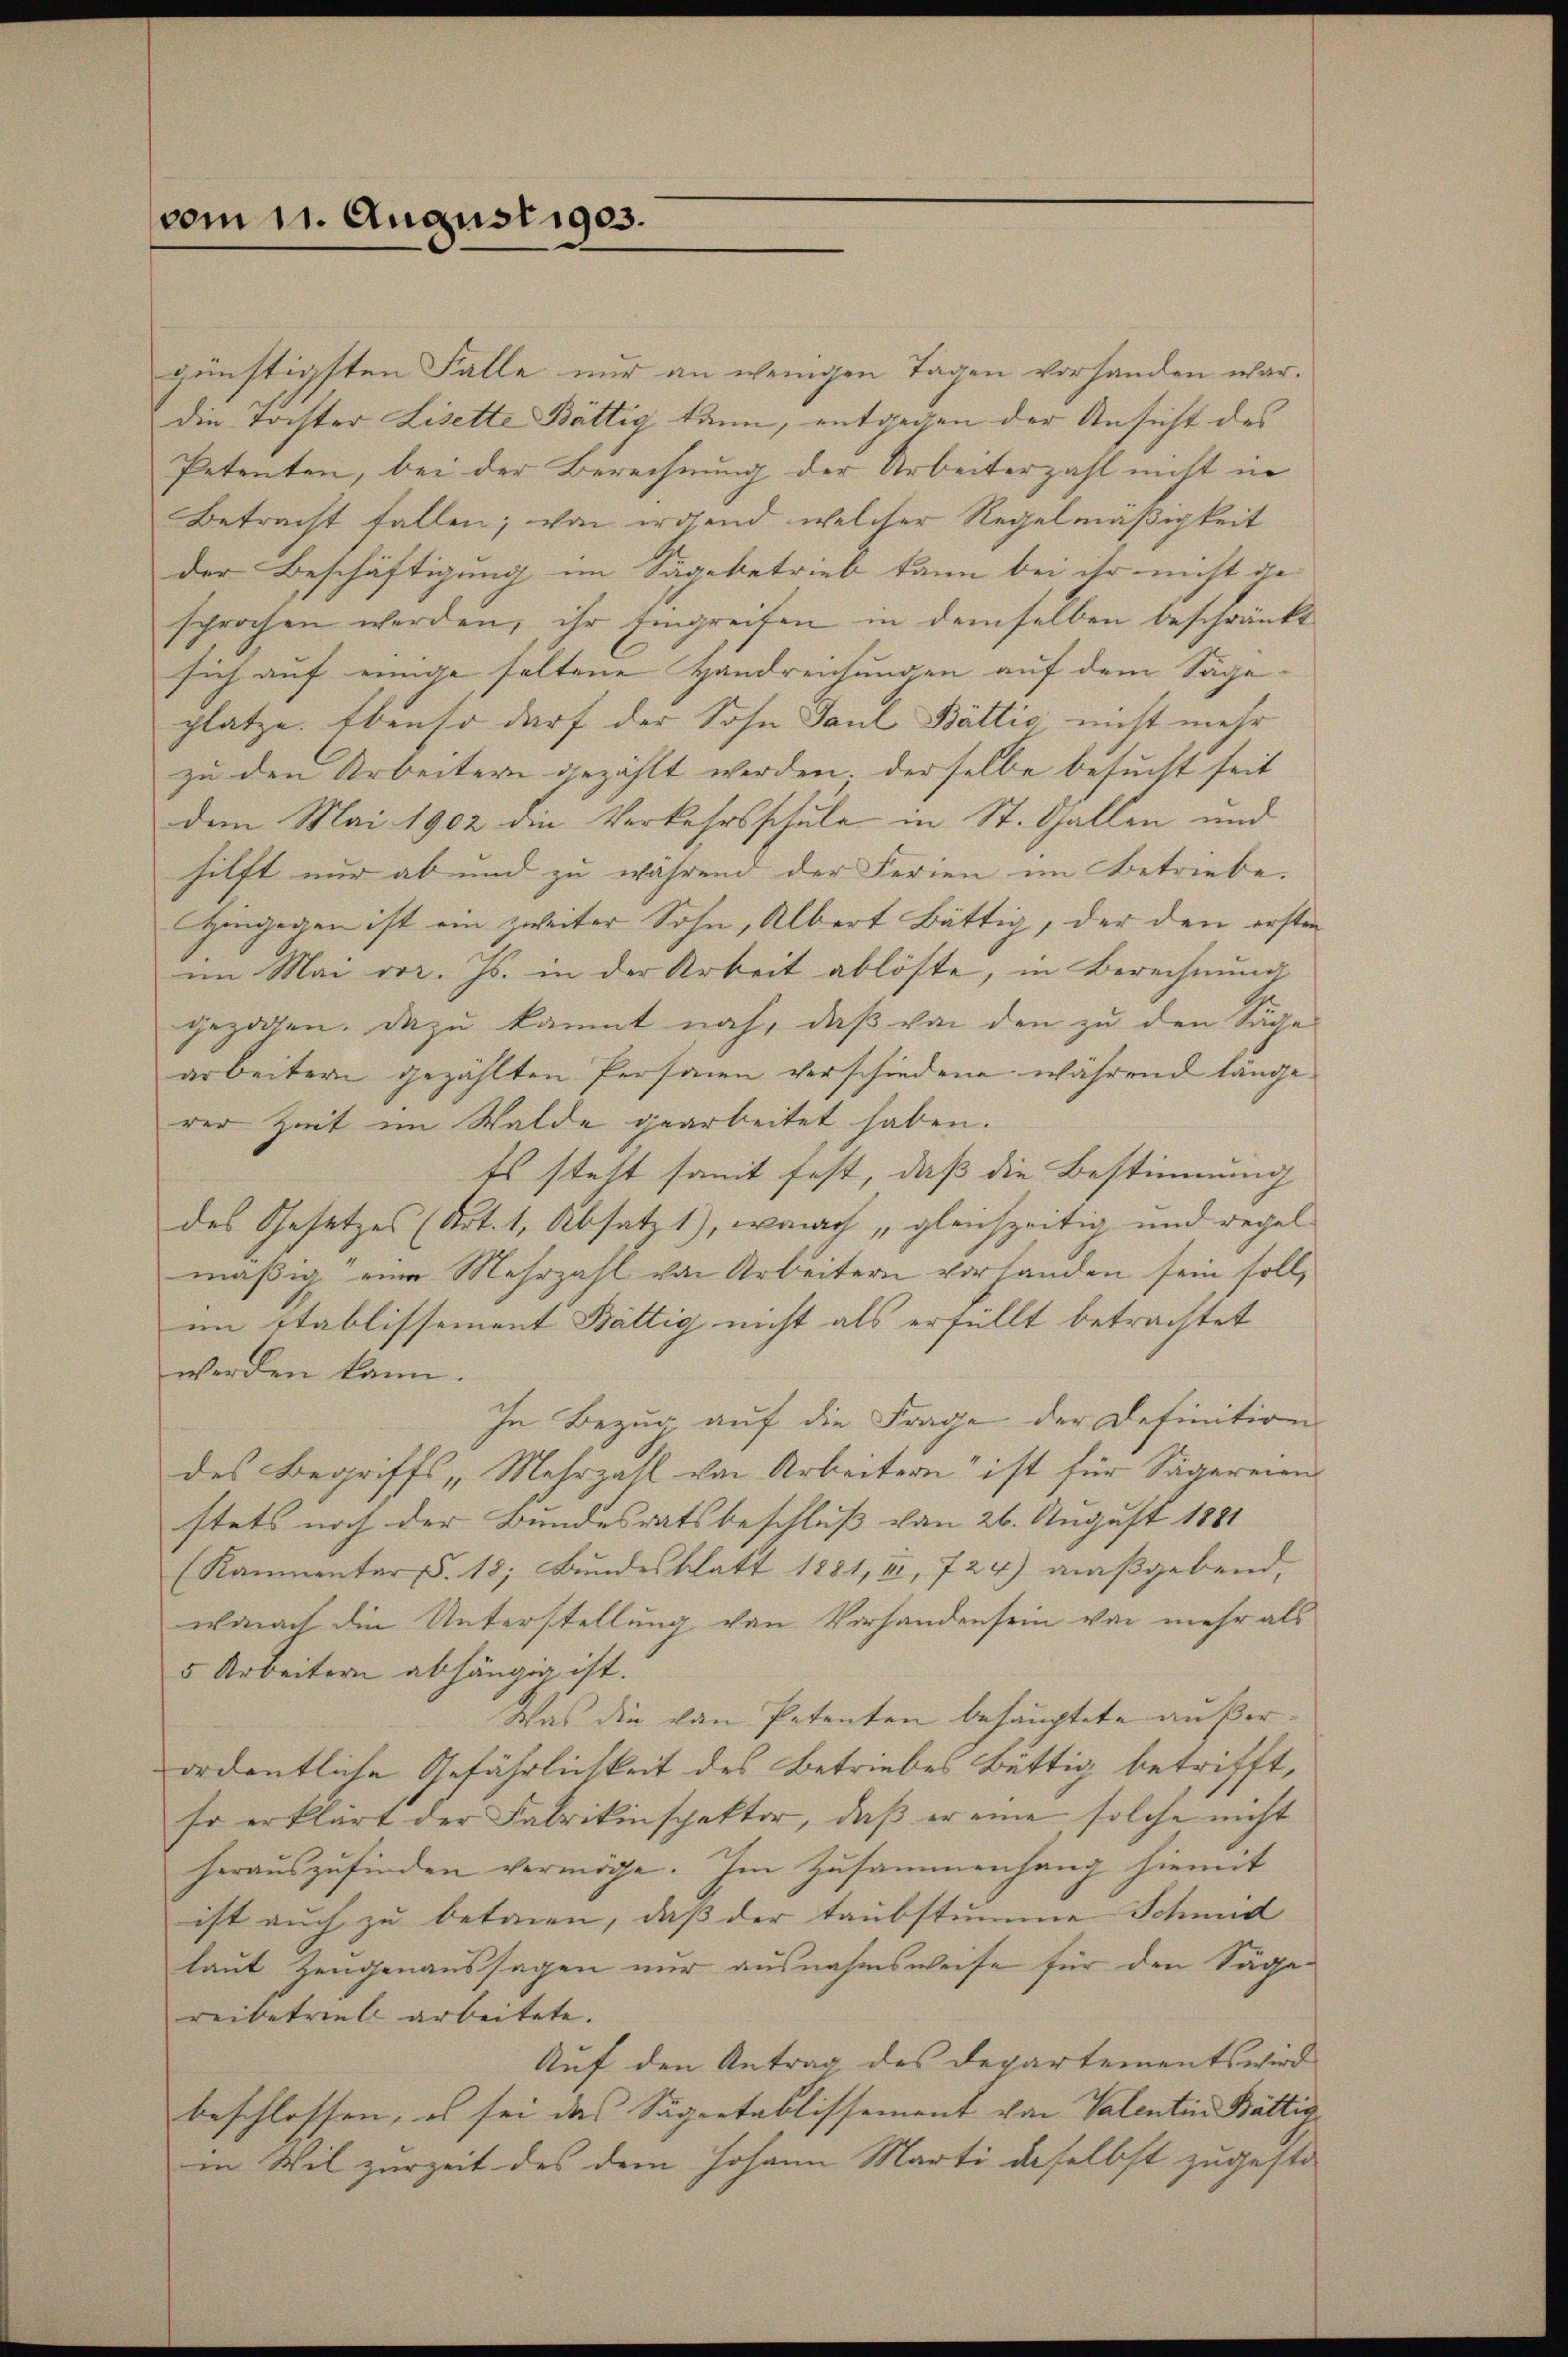
vom 11. August 1903.

günstigsten Falle nur an wenigen Tagen vorhanden war.
die Tochter Lisette Bättig kann, entgegen der Ansicht des
Petenten, bei der Berechnung der Arbeiterzahl nicht in
Betracht fallen; von irgend welcher Regelmäßigkeit
der Beschäftigung im Sägebetrieb kann bei ihr nicht die
sprochen werden, ihr Eingreifen in demselben beschränkt
sich auf einige seltene Handreichungen auf dem Sägeplätze. Ebenso darf der Sohn Paul Bättić nicht mehr
zu den Arbeitern gezählt werden; derselbe besucht seit
dem Mai 1902 die Verkehrsschule in St. Gallen und
hilft nur ab und zu während der Ferien im Betriebe.
Hingegen ist ein zweiter Sohn, Albert Bättig, der den ersten
im Mai vor. Js. in der Arbeit ablöste, in Berechnung
gezogen. Dazu kannt nach, daß von den zu den Säge
arbeitern gezählten Personen verschiedene während länge.
rer Zeit im Walde gearbeitet haben.
Es steht somit fest, daß die Bestimmung
des Gesetzes (Art. 1, Absatz 1), wonach „gleichzeitig und regel
mäßig eine Mehrzahl von Arbeitern vorhanden sein soll,
im Stablissement Bättig nicht als erfüllt betrachtet
werden kann.
In Bezug auf die Frage der Definition
des Begriffs „Mehrzahl von Arbeitern“ ist für Sägereien
stets noch der Bundesratsbeschluß von 26. August 1881
(Kammentars. 18, Bundesblatt 1881, II, 724) maßgebend,
wonach die Unterstellung von Vorhandensein von mehr als
5 Arbeitern abhängig ist.
Was die von Petenten behauptete außerordentliche Gefährlichkeit des Betriebes Büttig betrifft,
so erklärt der Fabrikinspektor, daβ er eine solche nicht
herauszufinden vermöge. Im Zusammenhang hiemit
ist auch zu betrien, daß der taubstumme Schmid
laut Zeugenaussagen nur ausnahmsweise für den Sägereibetrieli arbeitete.
Auf den Antrag des Departements wird
beschlossen, es sei das Sägertablissement von Valentin Bättig
in Wil zurzeit des dem Johann Marti daselbst zugeste-